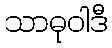
သာဓုဝါဒီ